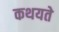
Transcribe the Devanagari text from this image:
कथयते